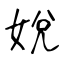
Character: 娧